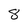
Character: 8